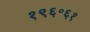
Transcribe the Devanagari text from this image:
१९६॰६१